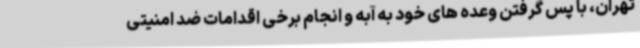
تهران، با پس گرفتن وعده های خود به آبه و انجام برخی اقدامات ضد امنیتی